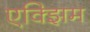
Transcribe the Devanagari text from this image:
एक्झिम